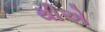
થીએ